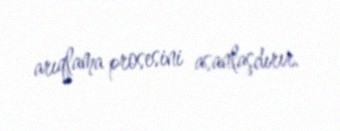
arıqlama prosesini asanlaşdırır.